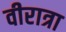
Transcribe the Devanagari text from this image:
वीरात्रा